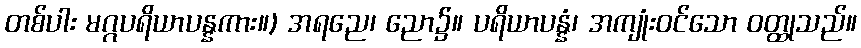
တစ်ပါး မဂ္ဂပရိယာပန္နကား။) အရညေ၊ ညော၌။ ပရိယာပန္နံ၊ အကျုံးဝင်သော ဝတ္ထုသည်။